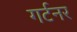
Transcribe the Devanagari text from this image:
गर्टनर